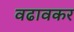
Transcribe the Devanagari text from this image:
वढावकर